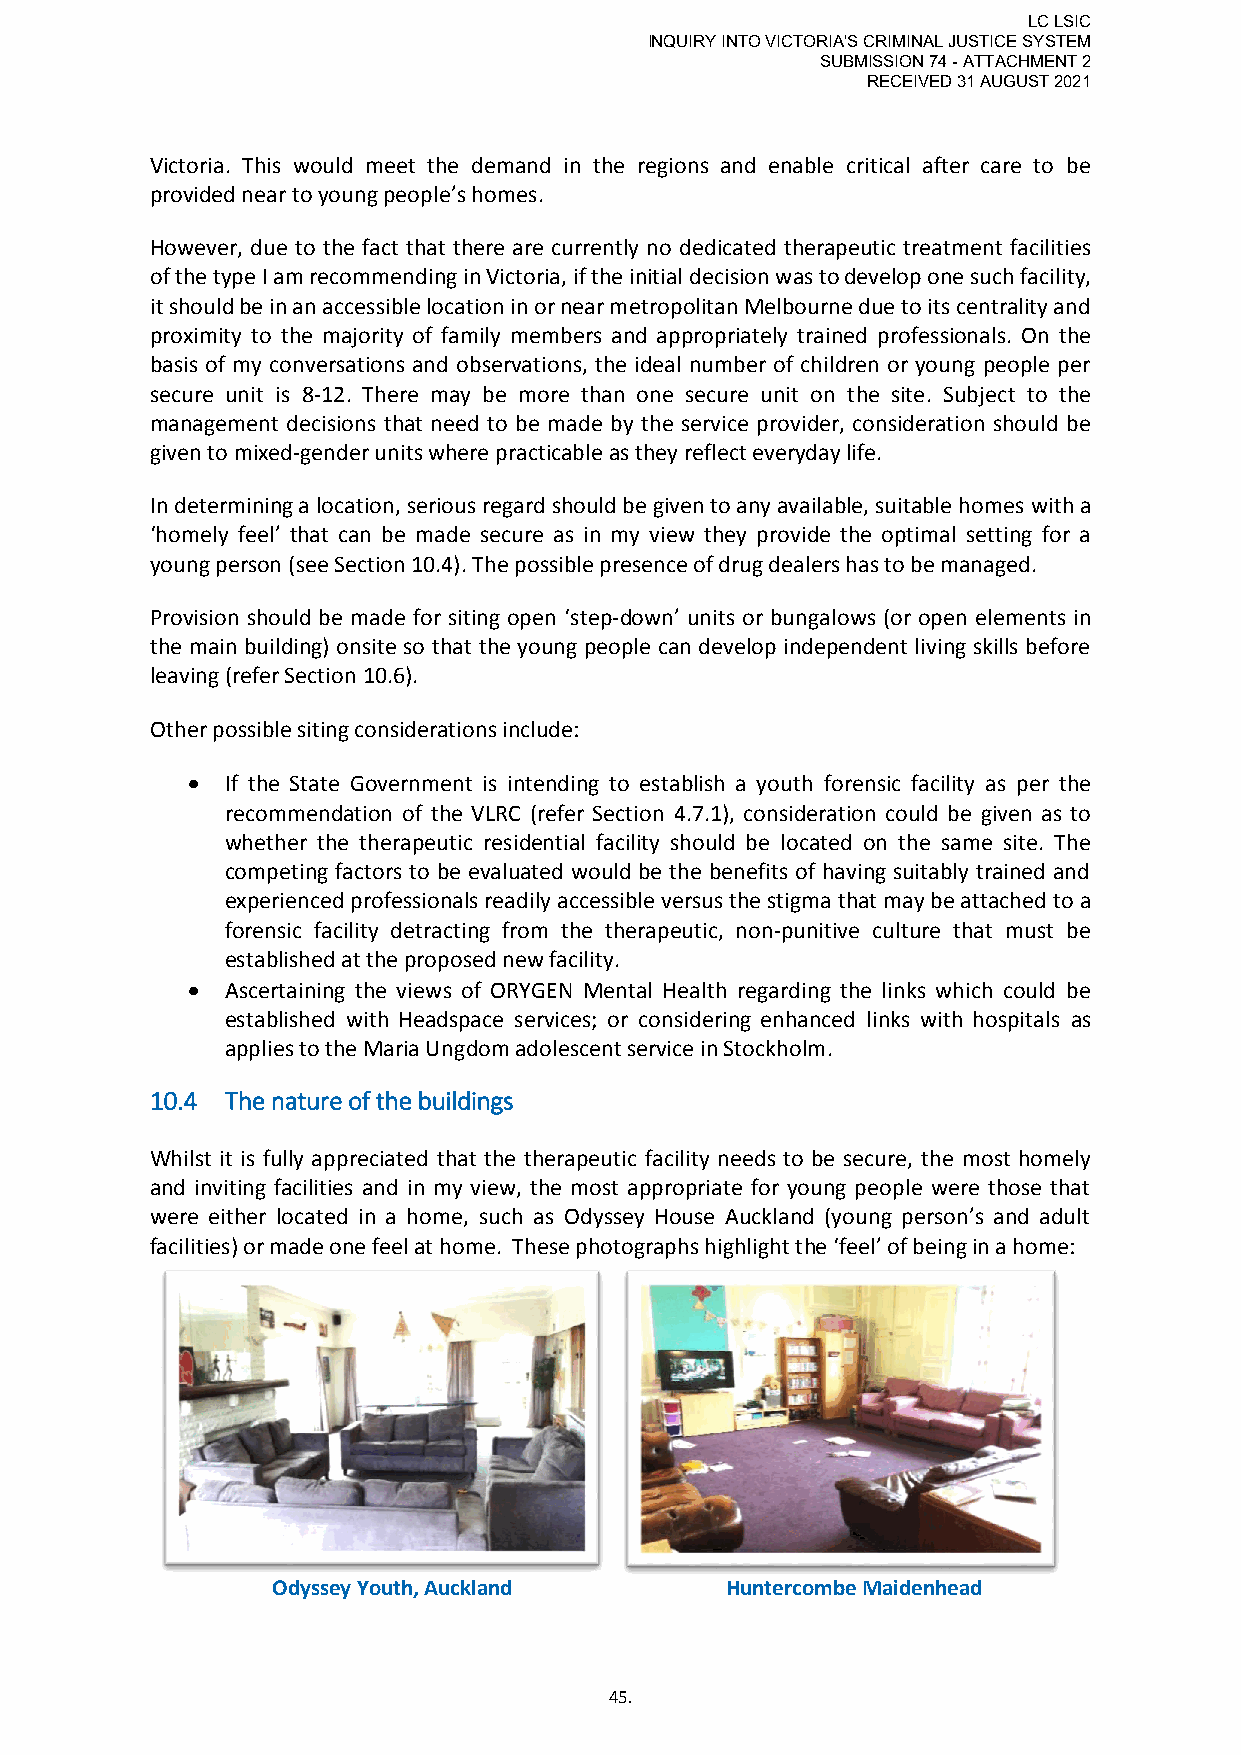
LC LSIC
 INQUIRY INTO VICTORIA'S CRIMINAL JUSTICE SYSTEM
 SUBMISSION 74 - ATTACHMENT 2
 RECEIVED 31 AUGUST 2021
 Victoria. This would meet the demand in the regions and enable critical after care to be
 provided near to young people’s homes.
 However, due to the fact that there are currently no dedicated therapeutic treatment facilities
 of the type I am recommending in Victoria, if the initial decision was to develop one such facility,
 it should be in an accessible location in or near metropolitan Melbourne due to its centrality and
 proximity to the majority of family members and appropriately trained professionals. On the
 basis of my conversations and observations, the ideal number of children or young people per
 secure unit is 8-12. There may be more than one secure unit on the site. Subject to the
 management decisions that need to be made by the service provider, consideration should be
 given to mixed-gender units where practicable as they reflect everyday life.
 In determining a location, serious regard should be given to any available, suitable homes with a
 ‘homely feel’ that can be made secure as in my view they provide the optimal setting for a
 young person (see Section 10.4). The possible presence of drug dealers has to be managed.
 Provision should be made for siting open ‘step-down’ units or bungalows (or open elements in
 the main building) onsite so that the young people can develop independent living skills before
 leaving (refer Section 10.6).
 Other possible siting considerations include:
   If the State Government is intending to establish a youth forensic facility as per the
 recommendation of the VLRC (refer Section 4.7.1), consideration could be given as to
 whether the therapeutic residential facility should be located on the same site. The
 competing factors to be evaluated would be the benefits of having suitably trained and
 experienced professionals readily accessible versus the stigma that may be attached to a
 forensic facility detracting from the therapeutic, non-punitive culture that must be
 established at the proposed new facility.
   Ascertaining the views of ORYGEN Mental Health regarding the links which could be
 established with Headspace services; or considering enhanced links with hospitals as
 applies to the Maria Ungdom adolescent service in Stockholm.
 10.4 The nature of the buildings
 Whilst it is fully appreciated that the therapeutic facility needs to be secure, the most homely
 and inviting facilities and in my view, the most appropriate for young people were those that
 were either located in a home, such as Odyssey House Auckland (young person’s and adult
 facilities) or made one feel at home. These photographs highlight the ‘feel’ of being in a home:
 Odyssey Youth, Auckland       Huntercombe Maidenhead
 45.